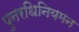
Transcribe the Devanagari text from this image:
पुनरधिनियमन